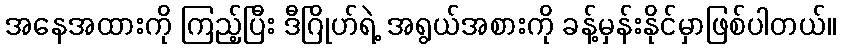
အနေအထားကို ကြည့်ပြီး ဒီဂြိုဟ်ရဲ့ အရွယ်အစားကို ခန့်မှန်းနိုင်မှာဖြစ်ပါတယ်။